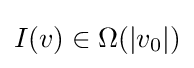
I(v)\in \Omega (|v_{0}|)